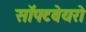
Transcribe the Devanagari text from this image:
सॉफ्टवेयरो